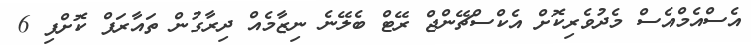
އެސްއެމްއެސް މެދުވެރިކޮށް އެކްސްޗޭންޖް ރޭޓް ބެލޭނެ ނިޒާމެއް ދިރާގުން ތައާރަފް ކޮށްފި 6